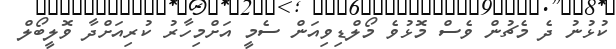
ކުޅުނު ދެ މެޗުން ވެސް މޮޅުވެ މޯލްޑިވިއަން ސެމީ އަށްމިހާރު ކުރިއަށްދާ ވޮލީބޯލް